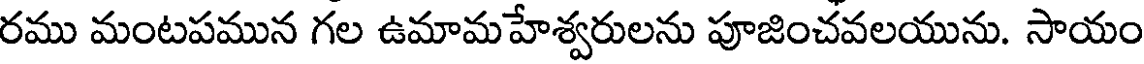
రము మంటపమున గల ఉమామహేశ్వరులను పూజించవలయును. సాయం